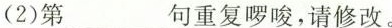
(2)第___句重复啰唆，请修改。